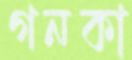
গনকা